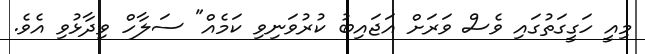
މިއީ ހަގީގަތުގައި ވެސް ވަރަށް އަޖައިބު ކުރުވަނިވި ކަމެއް" ސަލާހް ވިދާޅުވި އެވެ.